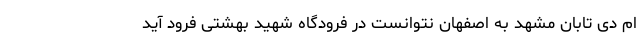
ام دی تابان مشهد به اصفهان نتوانست در فرودگاه شهید بهشتی فرود آید